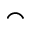
\frown